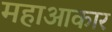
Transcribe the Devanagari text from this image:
महाआकार